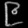
Digit: ၉